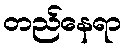
တည်နေရာ